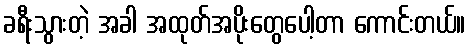
ခရီးသွားတဲ့ အခါ အထုတ်အပိုးတွေပေါ့တာ ကောင်းတယ်။